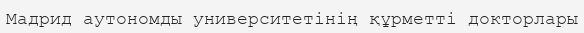
Мадрид аутономды университетінің құрметті докторлары